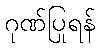
ဂုဏ်ပြုရန်